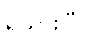
ရသွားပြီ။